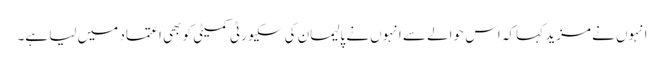
انہوں نے مزید کہا کہ اس حوالے سے انہوں نے پالیمان کی سکیورٹی کمیٹی کو بھی اعتماد میں لیا ہے۔